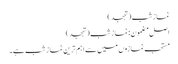
نماز شب (تہجد)
اصل مضمون: نماز شب (تہجد)
مستحب نمازوں میں سے اہم ترین نماز شب ہے۔